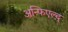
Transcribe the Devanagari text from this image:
अन्फिएल्द्